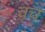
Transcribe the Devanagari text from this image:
वृच